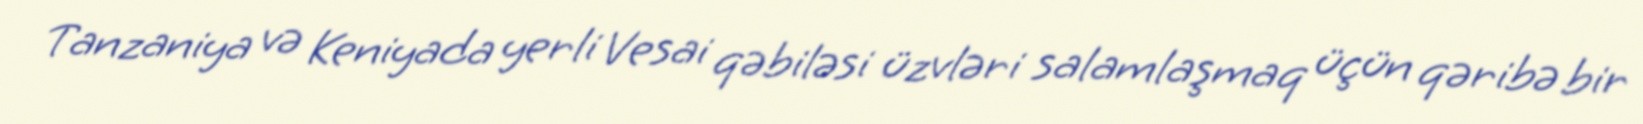
Tanzaniya və Keniyada yerli Vesai qəbiləsi üzvləri salamlaşmaq üçün qəribə bir